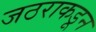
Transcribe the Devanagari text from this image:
जठराकडून